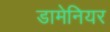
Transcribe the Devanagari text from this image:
डामेनियर